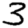
Digit: 3